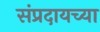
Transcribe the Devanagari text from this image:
संप्रदायच्या